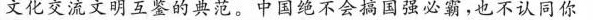
文化交流文明互鉴的典范。中国绝不会搞国强必霸，也不认同你